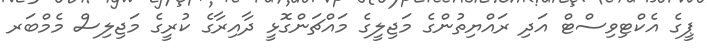
ޕީގެ އެކްޓިވިސްޓް އަދި ރައްޔިތުންގެ މަޖިލީގެ މައްޗަންގޮޅީ ދާއިރާގެ ކުރީގެ މަޖިލިސް މެމްބަރ